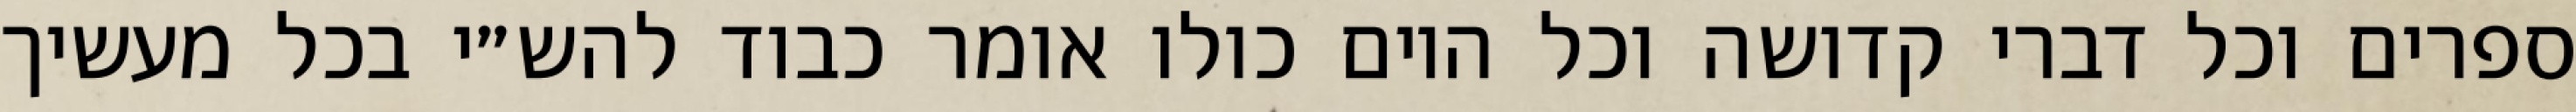
ספרים וכל דברי קדושה וכל היום כולו אומר כבוד להש״י בכל מעשיך